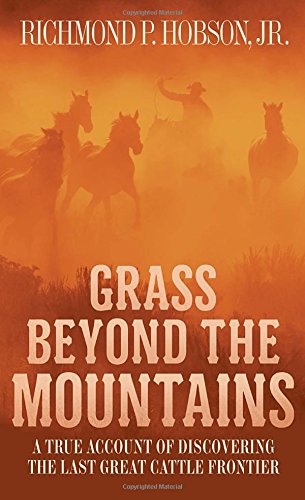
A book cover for Grass Beyond the Mountains: Discovering the Last Great Cattle Frontier; Richmond P. Hobson; Biographies & Memoirs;